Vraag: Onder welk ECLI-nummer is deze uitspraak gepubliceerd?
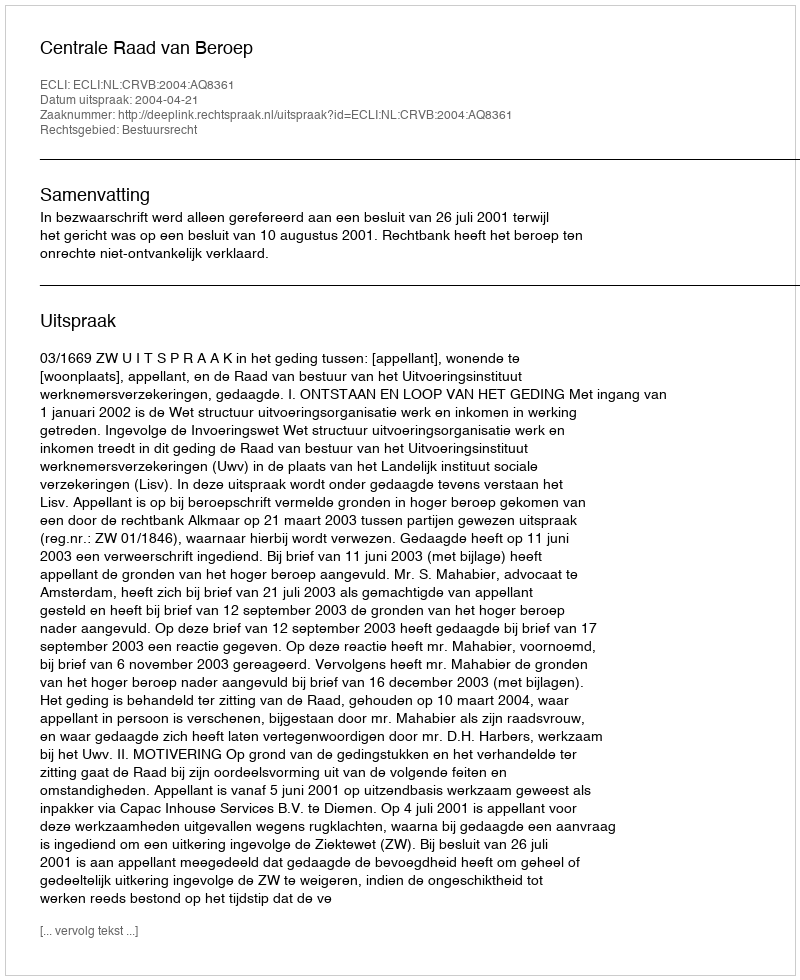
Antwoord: ECLI:NL:CRVB:2004:AQ8361